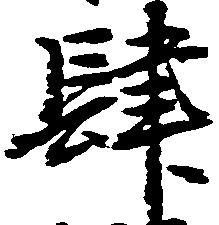
肆